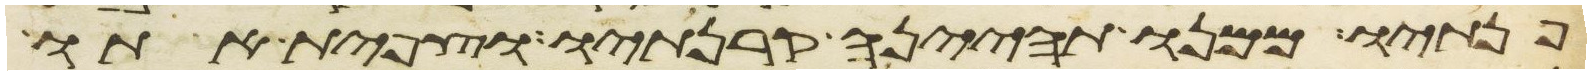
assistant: פנתיו ממנו תהינה קרנתיו וצפית אתו